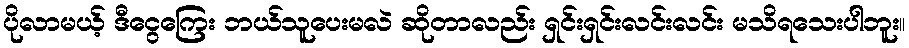
ပိုလာမယ့် ဒီငွေကြေး ဘယ်သူပေးမလဲ ဆိုတာလည်း ရှင်းရှင်းလင်းလင်း မသိရသေးပါဘူး။